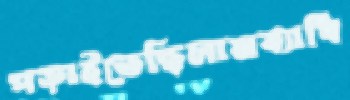
পড়াইতেছিলামব্যাধি